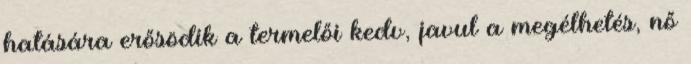
hatására erősödik a termelői kedv, javul a megélhetés, nő